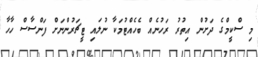
މި ސްކީމްގެ ދަށުން އިތުރު ރަހުނެއް ބެހެއްޓުމަކާ ނުލައި ޓީޗަރުންނަށް ފަންސާސް ހާހާ